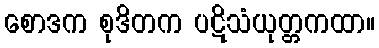
စောဒက စုဒိတက ပဋိသံယုတ္တကထာ။